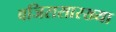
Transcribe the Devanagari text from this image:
वजिरासारख्या